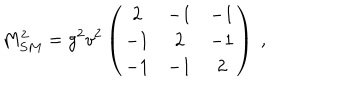
M _ { S M } ^ { 2 } = g ^ { 2 } v ^ { 2 } \left( \begin{array} { c c c } { { 2 } } & { { - 1 } } & { { - 1 } } \\ { { - 1 } } & { { 2 } } & { { - 1 } } \\ { { - 1 } } & { { - 1 } } & { { 2 } } \\ \end{array} \right) ~ , ~ \,